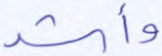
وأشد